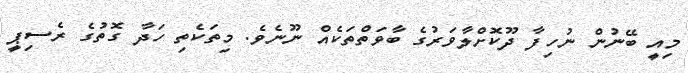
މިއީ ބޭނުން ނުހިފާ ދޫކޮށްލާވަރުގެ ބާވަތްތަކެއް ނޫނެވެ. މިތަކެތި ހަދާ ގޮތުގެ ރެސިޕީ